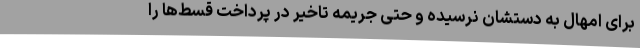
برای امهال به دستشان نرسیده و حتی جریمه تاخیر در پرداخت قسط‌ها را